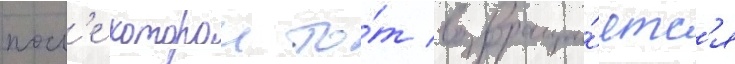
посл'е которои то́т возвраща́етс'я